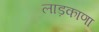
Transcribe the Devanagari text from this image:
लाड़काणा